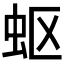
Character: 𮓹